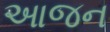
આજન